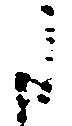
に